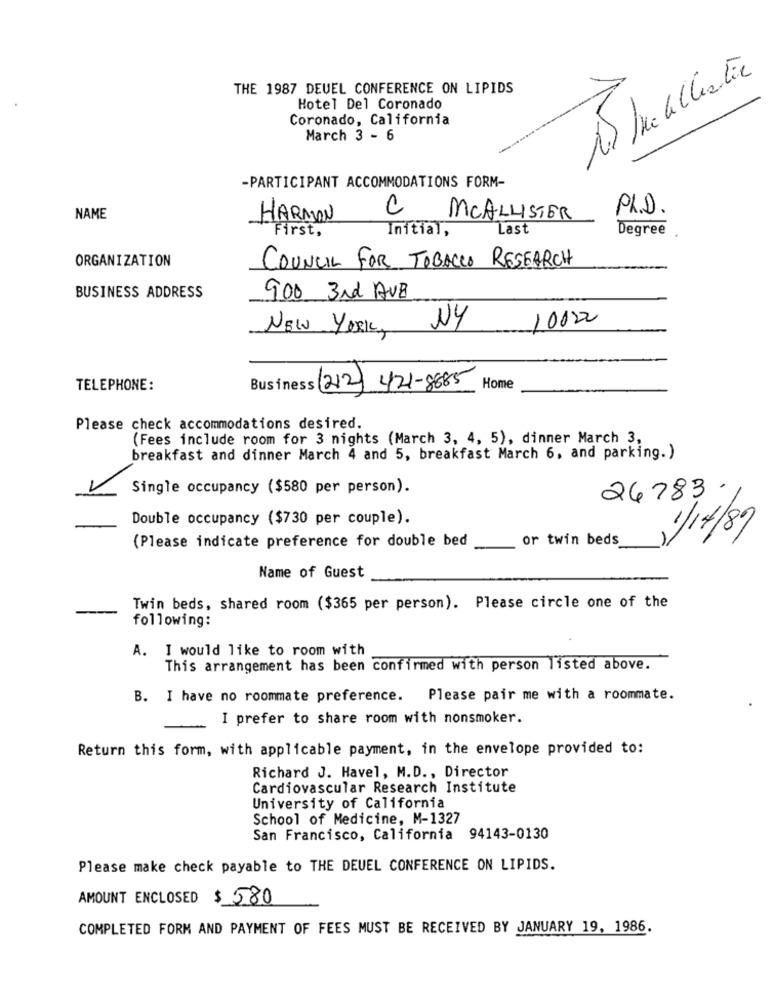
THE 1987 DEUEL CONFERENCE ON LIPIDS
Hotel Del Coronado
Coronado, California
March 3 - 6
-PARTICIPANT ACCOMMODATIONS FORM-
C
PL.D.
NAME
HARMON
MCALLISTER
First,
Initial,
Last
Degree
ORGANIZATION
COUNCIL FOR TOBACCO RESEARCH
BUSINESS ADDRESS
900 3rd AVB
NY
10022
NEW YORK,
TELEPHONE:
Business (212)
421-8885
Home
Please check accommodations desired.
(Fees include room for 3 nights (March 3, 4, 5), dinner March 3,
breakfast and dinner March 4 and 5, breakfast March 6, and parking. )
Single occupancy ($580 per person).
26783 .
Double occupancy ($730 per couple).
1/17/89
(Please indicate preference for double bed
or twin beds
Name of Guest
Twin beds, shared room ($365 per person). Please circle one of the
following:
A. I would like to room with
This arrangement has been confirmed with person listed above.
B. I have no roommate preference. Please pair me with a roommate.
I prefer to share room with nonsmoker.
Return this form, with applicable payment, in the envelope provided to:
Richard J. Havel, M.D ., Director
Cardiovascular Research Institute
University of California
School of Medicine, M-1327
San Francisco, California 94143-0130
Please make check payable to THE DEUEL CONFERENCE ON LIPIDS.
AMOUNT ENCLOSED $ 580
COMPLETED FORM AND PAYMENT OF FEES MUST BE RECEIVED BY JANUARY 19, 1986.